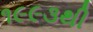
૧૯૯૩થી